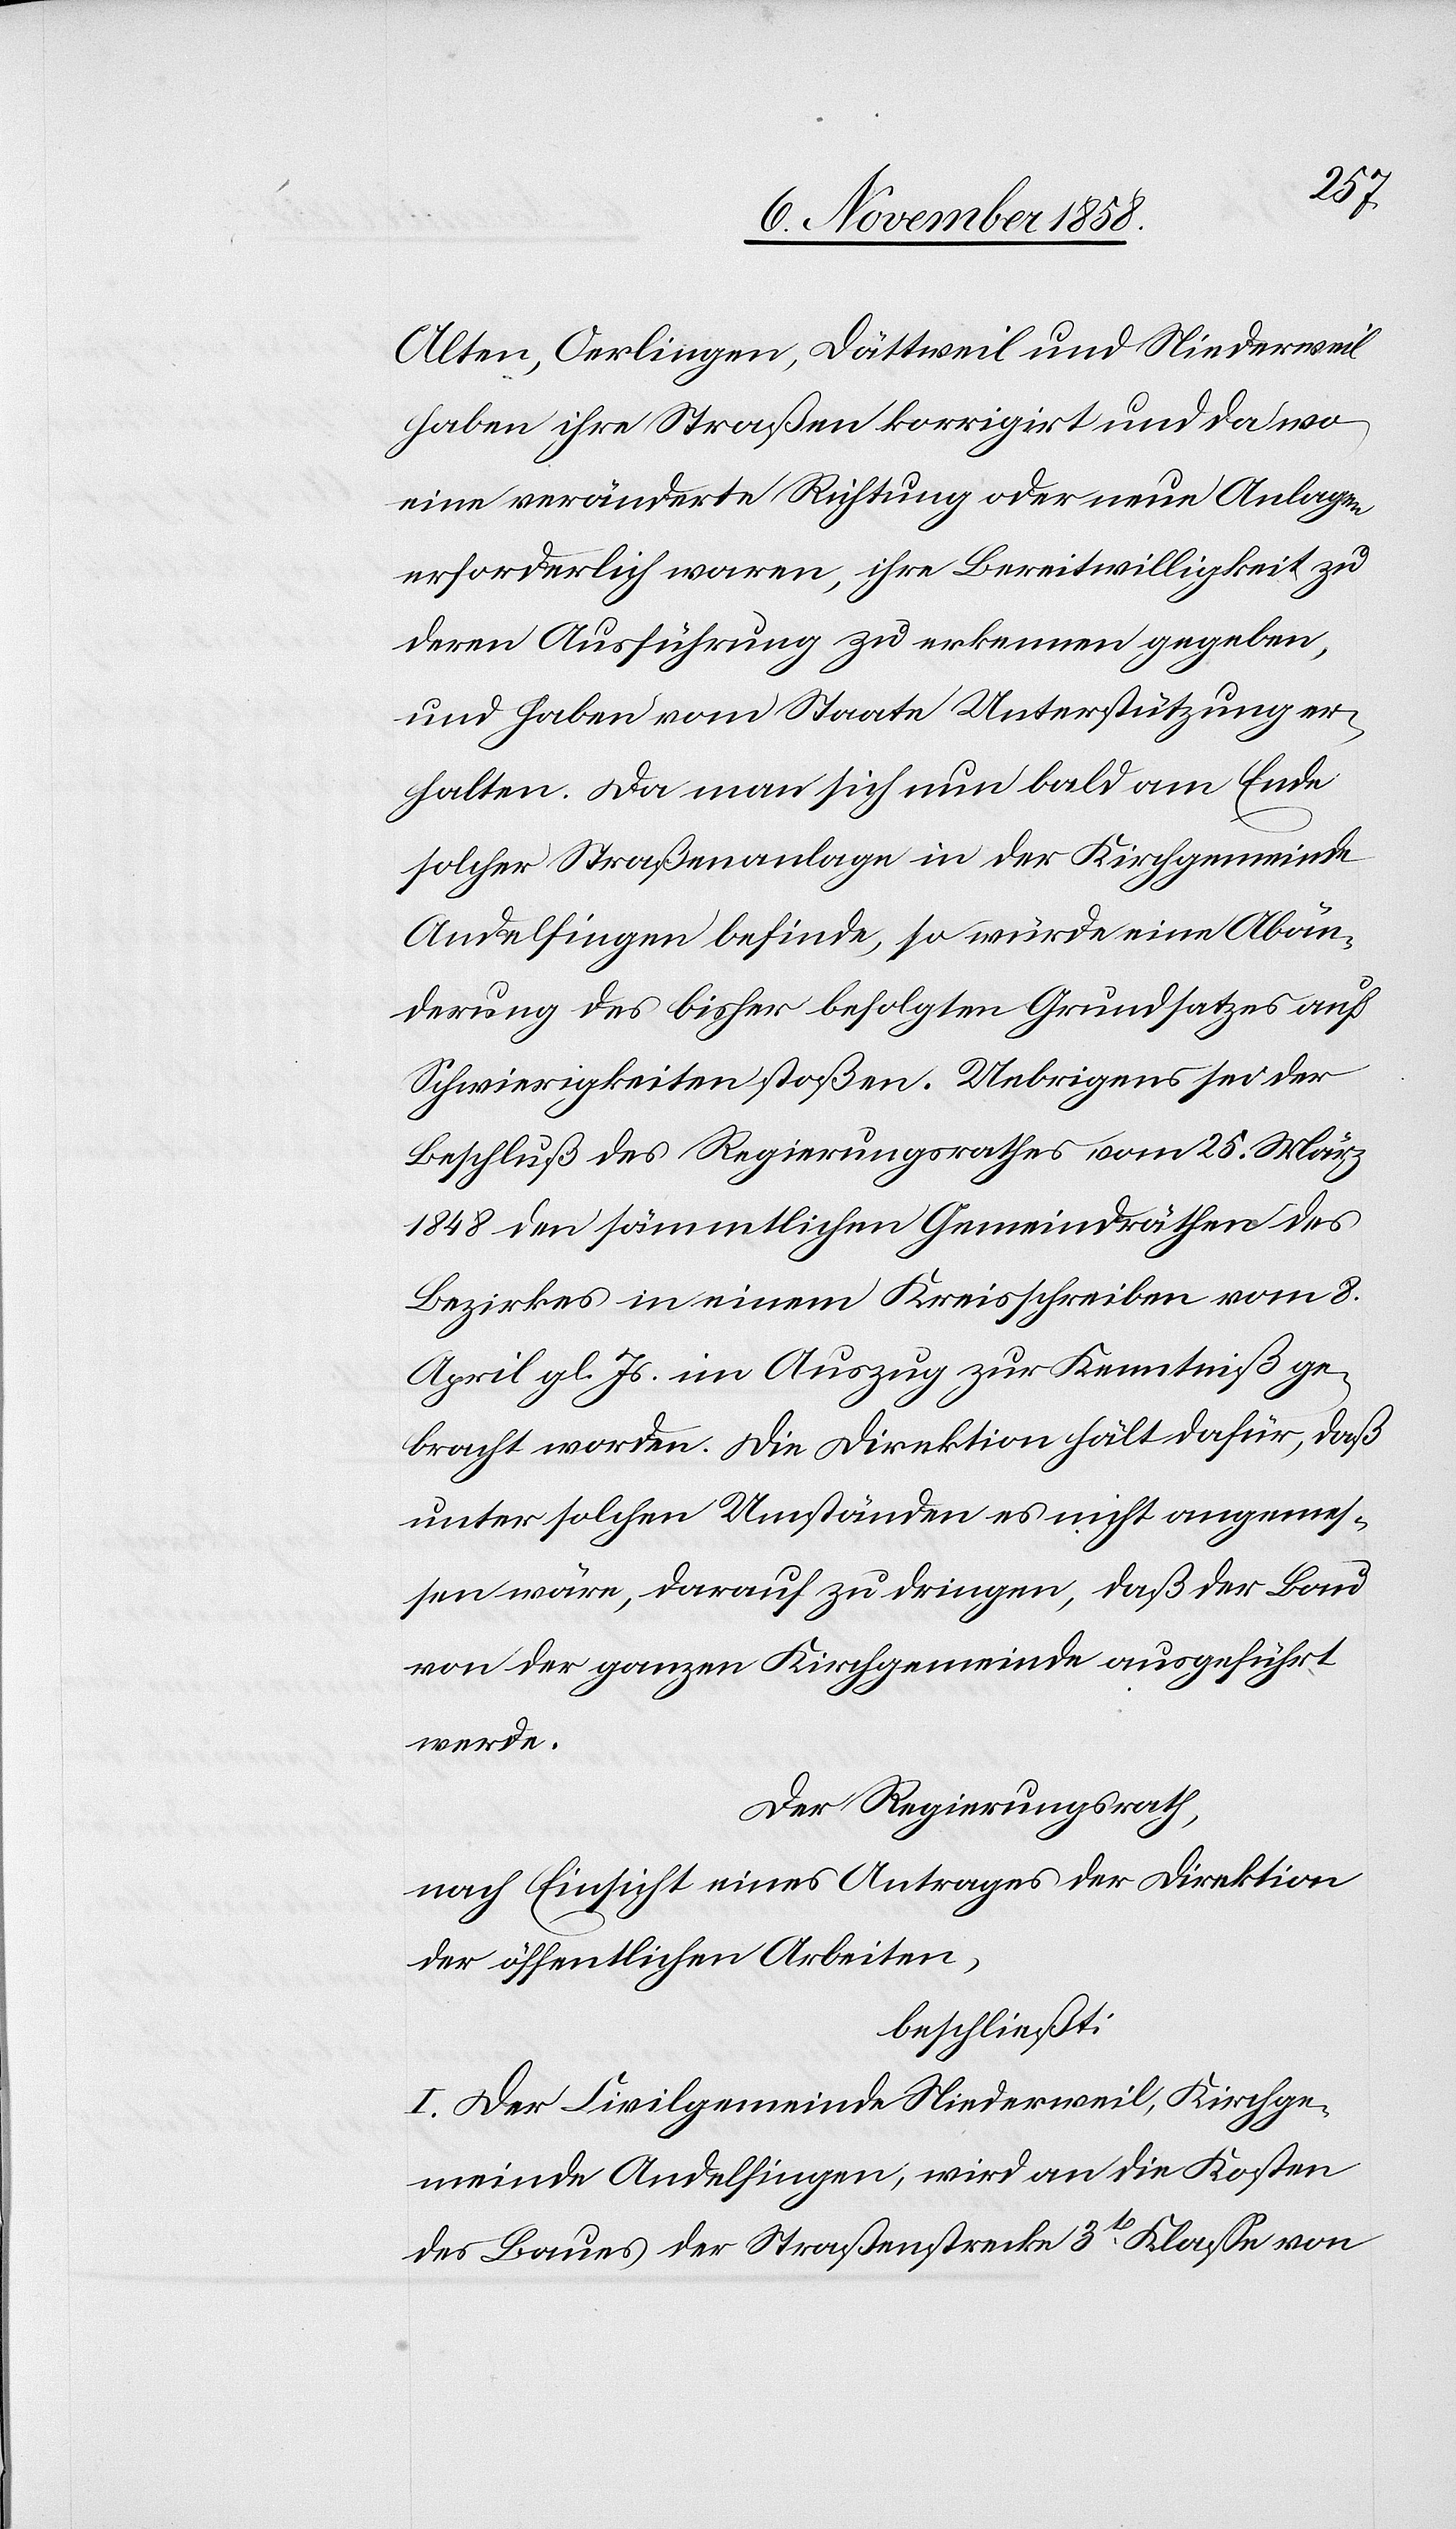
Alten, Oerlingen, Dättweil und Niederweil
haben ihre Straßen korrigirt und da wo
eine veränderte Richtung oder neue Anlagen
erforderlich waren, ihre Bereitwilligkeit zu
deren Ausführung zu erkennen gegeben,
und haben vom Staate Unterstützung er¬
halten. Da man sich nun bald am Ende
solcher Straßenanlage in der Kirchgemeinde
Andelfingen befinde, so würde eine Abän¬
derung des bisher befolgten Grundsatzes auf
Schwierigkeiten stoßen. Uebrigens sei der
Beschluß des Regierungsrathes vom 25. März
1848 den sämmtlichen Gemeindräthen des
Bezirkes in einem Kreisschreiben vom 8.
April gl. Js. im Auszug zur Kenntniß ge¬
bracht worden. Die Direktion hält dafür, daß
unter solchen Umständen es nicht angemes¬
sen wäre, darauf zu dringen, daß der Bau
von der ganzen Kirchgemeinde ausgeführt
werde.
Der Regierungsrath,
nach Einsicht eines Antrages der Direktion
der öffentlichen Arbeiten,
beschließt:
I. Der Civilgemeinde Niederweil, Kirchge¬
meinde Andelfingen, wird an die Kosten
des Baues der Straßenstrecke 3t Klasse von